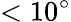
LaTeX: <10^{\circ}